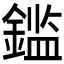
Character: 𲇕